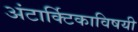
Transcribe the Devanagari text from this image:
अंटार्क्टिकाविषयी